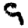
Digit: 9